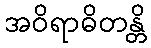
အဝိရာဓိတန္တိ